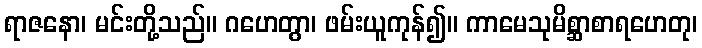
ရာဇနော၊ မင်းတို့သည်။ ဂဟေတွာ၊ ဖမ်းယူကုန်၍။ ကာမေသုမိစ္ဆာစာရဟေတု၊